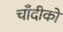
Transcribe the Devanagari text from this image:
चाँदीको